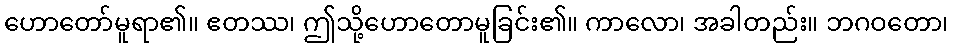
ဟောတော်မူရာ၏။ ဧတဿ၊ ဤသို့ဟောတောမူခြင်း၏။ ကာလော၊ အခါတည်း။ ဘဂဝတော၊